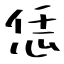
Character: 恁